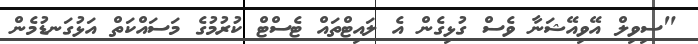
"ސިވިލް އޭވިއޭޝަނާ ވެސް ގުޅިގެން އެ ލައިޓްތައް ޓެސްޓް ކުރުމުގެ މަސައްކަތް އަޅުގަނޑުމެން